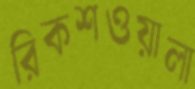
রিকশওয়ালা